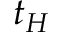
t _ { H }